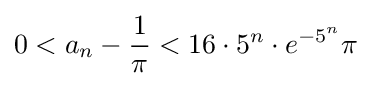
0<a_{n}-{\frac {1}{\pi }}<16\cdot 5^{n}\cdot e^{-5^{n}}\pi \,\!